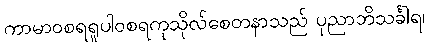
ကာမာဝစရရူပါဝစရကုသိုလ်စေတနာသည် ပုညာဘိသင်္ခါရ၊